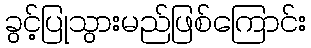
ခွင့်ပြုသွားမည်ဖြစ်ကြောင်း